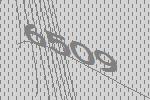
6509